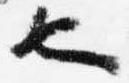
也